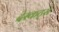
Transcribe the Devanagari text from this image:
देस्कर्ट्स